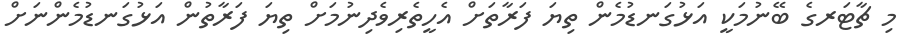
މި ޗާޓަރގެ ބޭނުމަކީ އަޅުގަނޑުމެން ތިޔަ ފަރާތަށް އެހީތެރިވެދިނުމަށް ތިޔަ ފަރާތުން އަޅުގަނޑުމެންނަށް